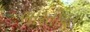
ભારતીયતા